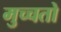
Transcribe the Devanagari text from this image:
मुच्चतो